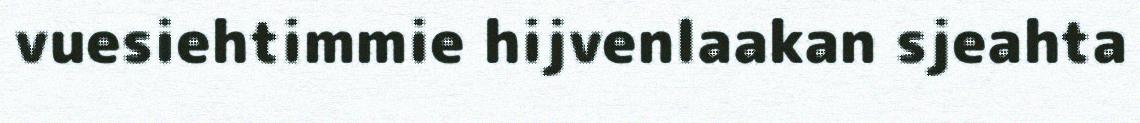
vuesiehtimmie hijvenlaakan sjeahta